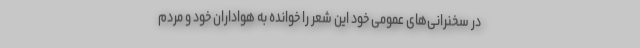
در سخنرانی‌های عمومی خود این شعر را خوانده به هواداران خود و مردم